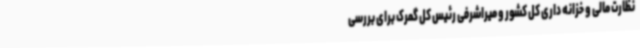
نظارت مالی و خزانه داری کل کشور و میراشرفی رئیس کل گمرک برای بررسی